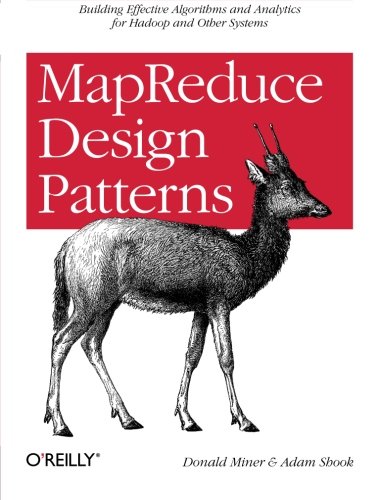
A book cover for MapReduce Design Patterns: Building Effective Algorithms and Analytics for Hadoop and Other Systems; Donald Miner; Computers & Technology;